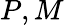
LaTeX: P,M